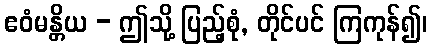
ဧဝံမန္တိယ - ဤသို့ ပြည့်စုံ, တိုင်ပင် ကြကုန်၍၊